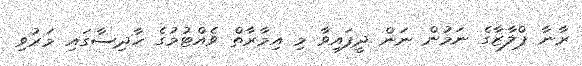
ރާނާ ޕްލާޒާގެ ނަމުން ނަން ދީފައިވާ މި އިމާރާތް ވެއްޓުމުގެ ހާދިސާގައި މަރުވި